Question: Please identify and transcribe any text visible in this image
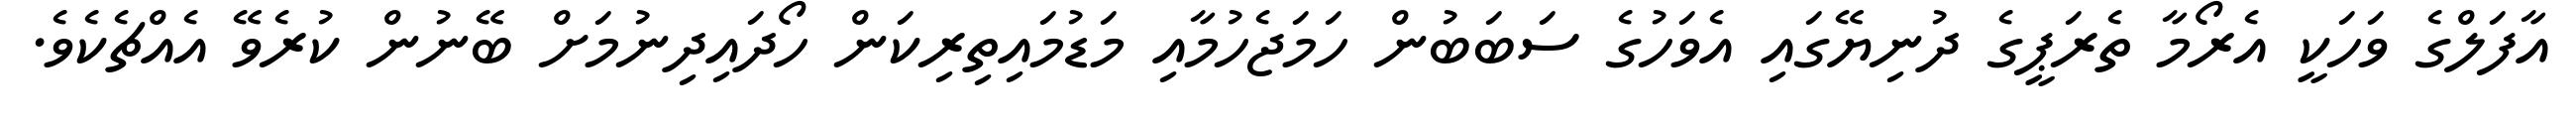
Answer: އާފަލްގެ ވަހަކީ އެރޯމާ ތެރަޕީގެ ދުނިޔޭގައި އެވަހުގެ ސަބަބުން ހަމަޖެހުމާއި މަޑުމައިތިރިކަން ހޯދައިދިނުމަށް ބޭނުން ކުރެވޭ އެއްޗެކެވެ.